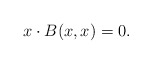
\begin{align*} x \cdot B(x,x) = 0. \end{align*}